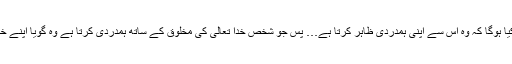
اس سے بڑھ کر اور کیا ہوگا کہ وہ اس سے اپنی ہمدردی ظاہر کرتا ہے… پس جو شخص خدا تعالیٰ کی مخلوق کے ساتھ ہمدردی کرتا ہے وہ گویا اپنے خدا کو راضی کرتا ہے۔